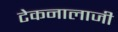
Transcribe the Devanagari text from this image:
टेकनालाजी